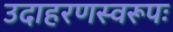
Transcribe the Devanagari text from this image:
उदाहरणस्वरूपः